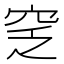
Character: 窆